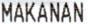
MAKANAN